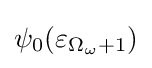
\psi _{0}(\varepsilon _{\Omega _{\omega }+1})